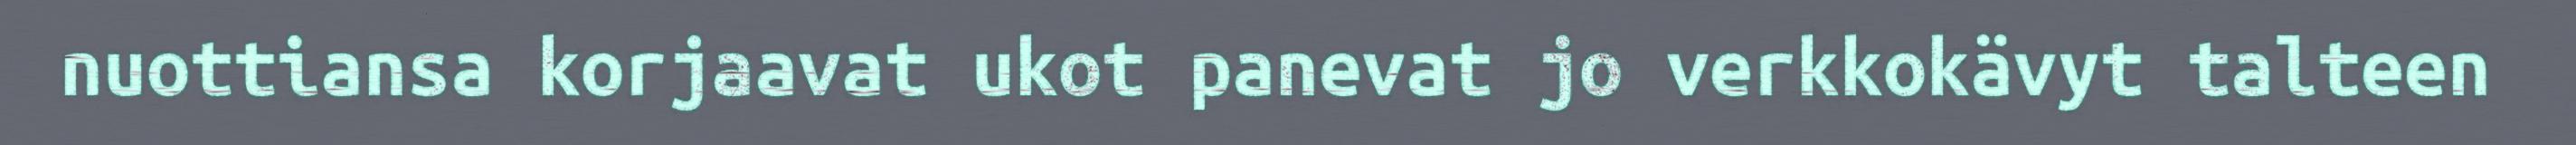
nuottiansa korjaavat ukot panevat jo verkkokävyt talteen